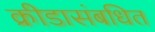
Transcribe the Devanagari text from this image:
क्रीडासंबधित